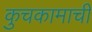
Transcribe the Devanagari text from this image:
कुचकामाची